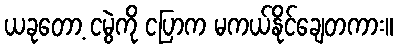
ယခုတော့ ငမွဲကို ငပြာက မကယ်နိုင်ချေတကား။